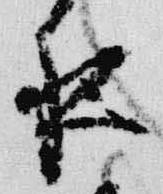
夜